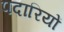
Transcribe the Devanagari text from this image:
पदारियों